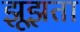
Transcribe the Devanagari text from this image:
झूझता